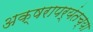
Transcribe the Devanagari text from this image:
अक्षरापर्यंतच्या